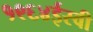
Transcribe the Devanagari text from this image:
१९६४ईस्वी